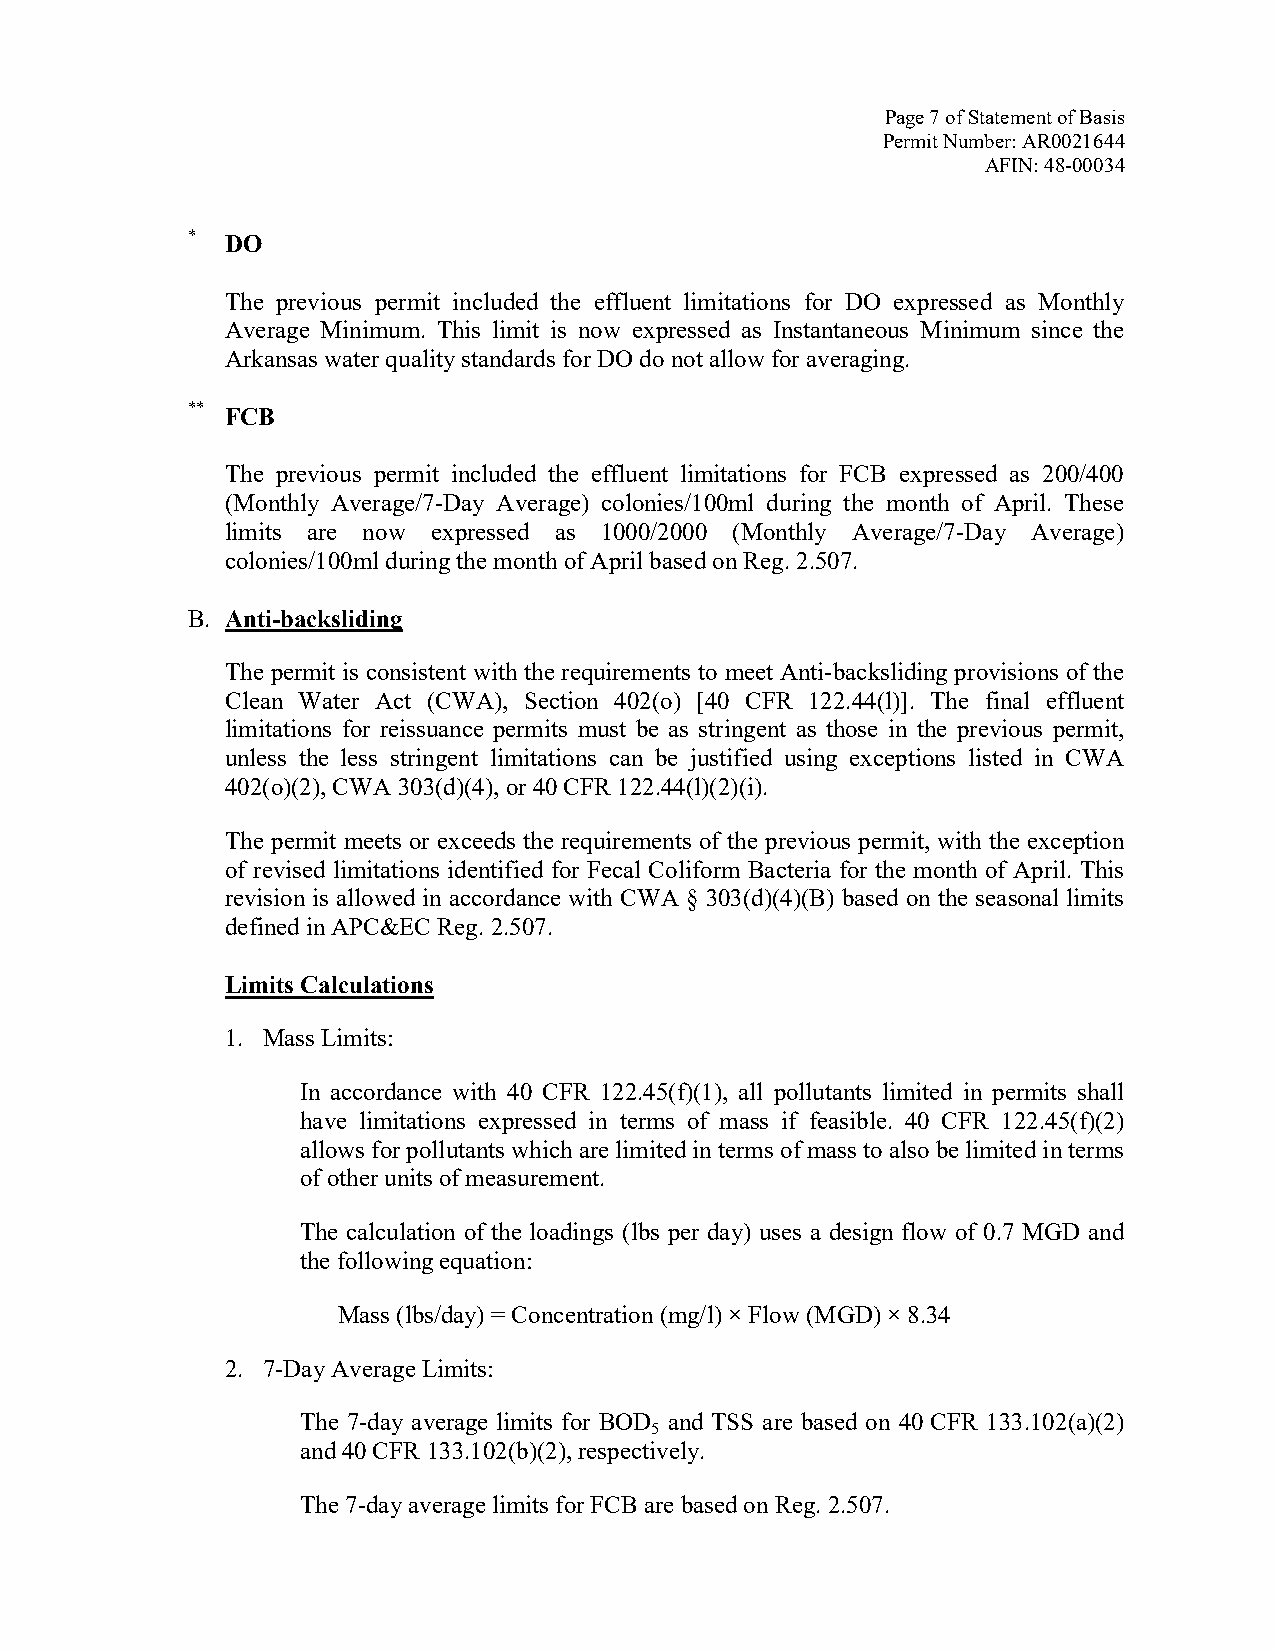
Page 7 of Statement of Basis
 Permit Number: AR0021644
 AFIN: 48-00034
 *  DO
 The previous permit included the effluent limitations for DO expressed as Monthly
 Average Minimum. This limit is now expressed as Instantaneous Minimum since the
 Arkansas water quality standards for DO do not allow for averaging.
 ** FCB
 The previous permit included the effluent limitations for FCB expressed as 200/400
 (Monthly Average/7-Day Average) colonies/100ml during the month of April. These
 limits are now expressed as 1000/2000 (Monthly Average/7-Day Average)
 colonies/100ml during the month of April based on Reg. 2.507.
 B. Anti-backsliding
 The permit is consistent with the requirements to meet Anti-backsliding provisions of the
 Clean Water Act (CWA), Section 402(o) [40 CFR 122.44(l)]. The final effluent
 limitations for reissuance permits must be as stringent as those in the previous permit,
 unless the less stringent limitations can be justified using exceptions listed in CWA
 402(o)(2), CWA 303(d)(4), or 40 CFR 122.44(l)(2)(i).
 The permit meets or exceeds the requirements of the previous permit, with the exception
 of revised limitations identified for Fecal Coliform Bacteria for the month of April. This
 revision is allowed in accordance with CWA § 303(d)(4)(B) based on the seasonal limits
 defined in APC&EC Reg. 2.507.
 Limits Calculations
 1. Mass Limits:
 In accordance with 40 CFR 122.45(f)(1), all pollutants limited in permits shall
 have limitations expressed in terms of mass if feasible. 40 CFR 122.45(f)(2)
 allows for pollutants which are limited in terms of mass to also be limited in terms
 of other units of measurement.
 The calculation of the loadings (lbs per day) uses a design flow of 0.7 MGD and
 the following equation:
 Mass (lbs/day) = Concentration (mg/l) × Flow (MGD) × 8.34
 2. 7-Day Average Limits:
 The 7-day average limits for BOD and TSS are based on 40 CFR 133.102(a)(2)
 5
 and 40 CFR 133.102(b)(2), respectively.
 The 7-day average limits for FCB are based on Reg. 2.507.